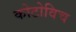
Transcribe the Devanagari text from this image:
कोटोविच